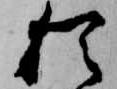
猶